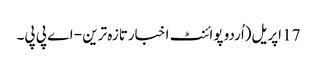
17 اپریل(اُردو پوائنٹ اخبارتازہ ترین - اے پی پی۔